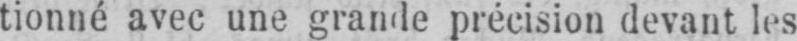
tionné avec une grande précision devant les